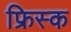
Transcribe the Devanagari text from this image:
फ्रिस्क